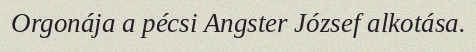
Orgonája a pécsi Angster József alkotása.